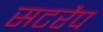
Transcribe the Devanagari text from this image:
सटरैप